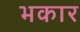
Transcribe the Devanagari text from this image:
भकार